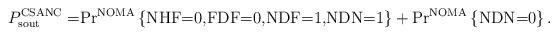
LaTeX: \begin{align*}P_{\textrm{sout}}^{\textrm{CSANC}}=&\textrm{Pr}^{\textrm{NOMA}}\left\lbrace \textrm{NHF=0,FDF=0,NDF=1,NDN=1} \right\rbrace +\textrm{Pr}^{\textrm{NOMA}}\left\lbrace \textrm{NDN=0} \right\rbrace.\end{align*}